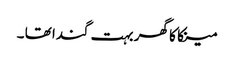
مینکا کا گھر بہت گندا تھا ۔